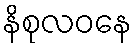
နိစုလဝနေ